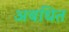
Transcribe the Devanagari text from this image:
अबधित